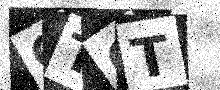
Text: OTGT